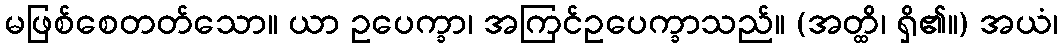
မဖြစ်စေတတ်သော။ ယာ ဥပေက္ခာ၊ အကြင်ဥပေက္ခာသည်။ (အတ္ထိ၊ ရှိ၏။) အယံ၊